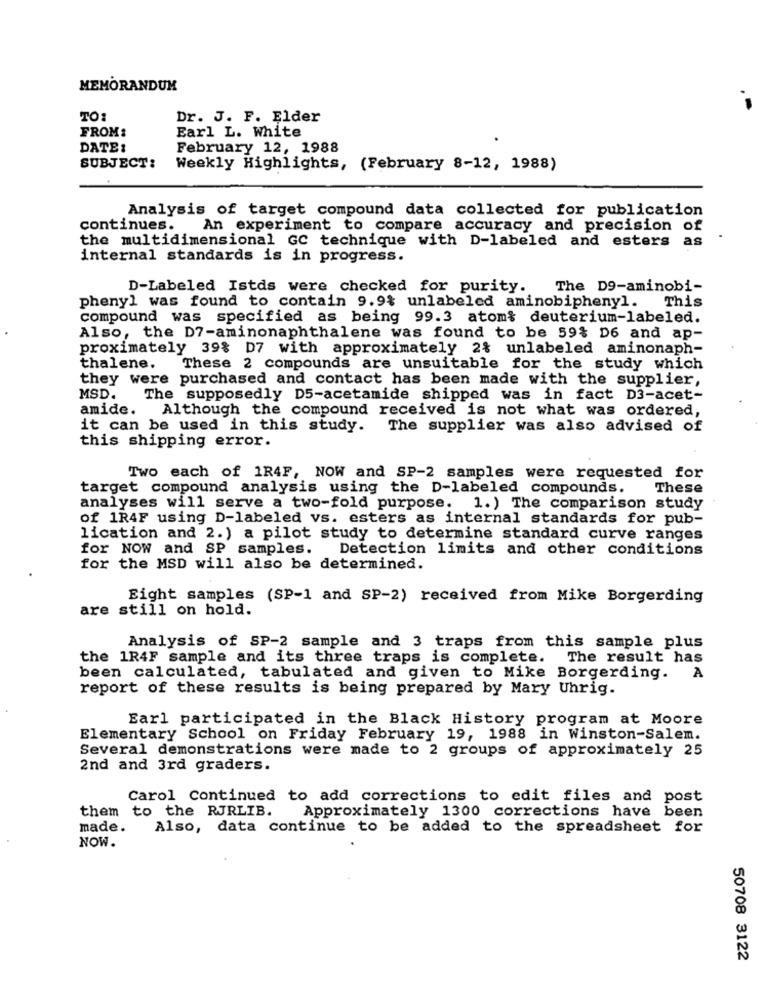
MEMORANDUM
TO:
Dr. J. F. Elder
FROM:
Earl L. White
DATE:
February 12, 1988
SUBJECT:
Weekly Highlights, (February 8-12, 1988)
Analysis of target compound data collected for publication
continues.
An experiment to compare accuracy and precision of
the multidimensional GC technique with D-labeled and esters as
internal standards is in progress.
D-Labeled Istds were checked for purity.
The D9-aminobi-
phenyl was found to contain 9.9% unlabeled aminobiphenyl. This
compound was specified as being 99.3 atom& deuterium-labeled.
Also, the D7-aminonaphthalene was found to be 59% D6 and ap-
proximately 39% D7 with approximately 2% unlabeled aminonaph-
thalene.
These 2 compounds are unsuitable for the study which
they were purchased and contact has been made with the supplier,
MSD.
The supposedly D5-acetamide shipped was in fact D3-acet-
amide. Although the compound received is not what was ordered,
it can be used in this study. The supplier was also advised of
this shipping error.
Two each of 1R4F, NOW and SP-2 samples were requested for
target compound analysis using the D-labeled compounds.
These
analyses will serve a two-fold purpose. 1.) The comparison study
of 1R4F using D-labeled vs. esters as internal standards for pub-
lication and 2. ) a pilot study to determine standard curve ranges
for NOW and SP samples. Detection limits and other conditions
for the MSD will also be determined.
Eight samples (SP-1 and SP-2) received from Mike Borgerding
are still on hold.
Analysis of SP-2 sample and 3 traps from this sample plus
the 1R4F sample and its three traps is complete.
The result has
been calculated, tabulated and given to Mike Borgerding. A
report of these results is being prepared by Mary Uhrig.
Earl participated in the Black History program at Moore
Elementary School on Friday February 19, 1988 in Winston-Salem.
Several demonstrations were made to 2 groups of approximately 25
2nd and 3rd graders.
Carol Continued to add corrections to edit files and post
them to the RJRLIB.
Approximately 1300 corrections have been
made.
Also, data continue to be added to the spreadsheet for
NOW.
50708 3122